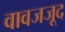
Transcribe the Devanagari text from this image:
वावजजूद